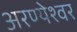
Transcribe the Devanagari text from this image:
अरण्येश्वर